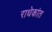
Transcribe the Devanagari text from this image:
राधेकांत